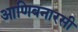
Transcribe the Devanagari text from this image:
आणिबनारसी